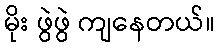
မိုး ဖွဲဖွဲ ကျနေတယ်။